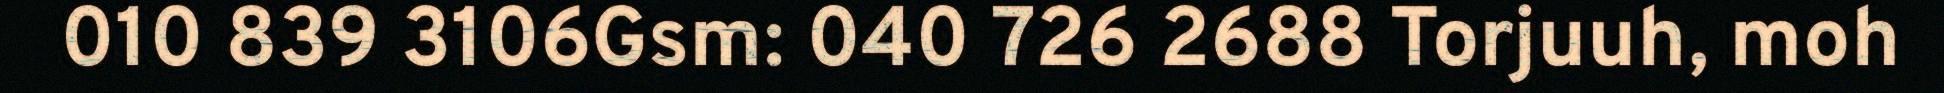
010 839 3106Gsm: 040 726 2688 Torjuuh, moh